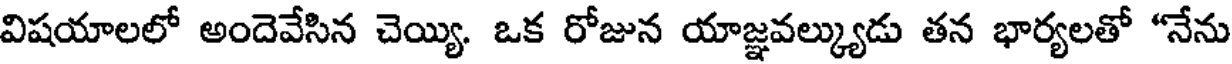
విషయాలలో అందెవేసిన చెయ్యి. ఒక రోజున యాజ్ఞవల్క్యుడు తన భార్యలతో "నేను